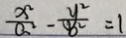
\frac { x ^ { 2 } } { a ^ { 2 } } - \frac { y ^ { 2 } } { b ^ { 2 } } = 1